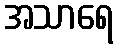
အသာရေ